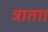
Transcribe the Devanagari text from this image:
त्राता।